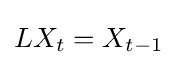
LX_{t}=X_{t-1}